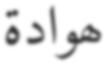
ھوادة